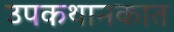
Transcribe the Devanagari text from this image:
उपकथानकात